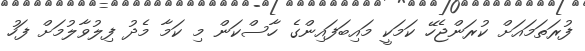
ފުރަތަމައަށް ކުރަންޖެހޭ ކަމަކީ މައިބަފައިންގެ ހާސްކަން މި ކަމާ މެދު ފިލުވާލުމަށް ފަހު